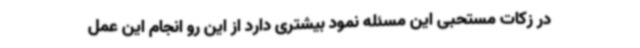
در زکات مستحبی این مسئله نمود بیشتری دارد از این رو انجام این عمل